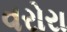
વરોરા